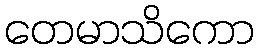
တေမာသိကော